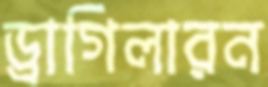
ড্রাগিলারন